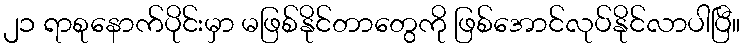
၂၁ ရာစုနောက်ပိုင်းမှာ မဖြစ်နိုင်တာတွေကို ဖြစ်အောင်လုပ်နိုင်လာပါပြီ။